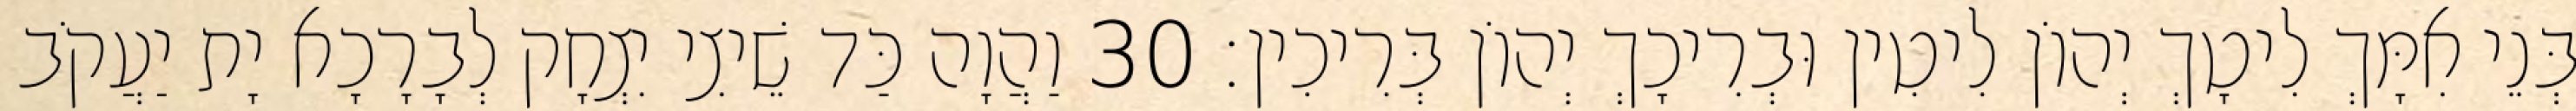
בְּנֵי אִמָּךְ לִיטָךְ יְהוֹן לִיטִין וּבְרִיכָךְ יְהוֹן בְּרִיכִין׃ 30 וַהֲוָה כַּד שֵׁיצִי יִצְחָק לְבָרָכָא יָת יַעֲקֹב